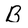
Character: B